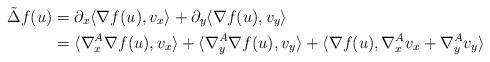
LaTeX: \begin{align*}\tilde{\Delta} f(u) &= \partial_x \langle \nabla f(u), v_x \rangle + \partial_y \langle \nabla f(u), v_y \rangle \\&= \langle \nabla^A_x \nabla f(u), v_x \rangle + \langle \nabla^A_y \nabla f(u), v_y \rangle + \langle \nabla f(u), \nabla^A_x v_x + \nabla^A_y v_y \rangle\end{align*}